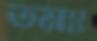
তমঃ